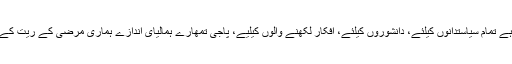
علی ترین کی شکست واضح پیغام ہے تمام سیاستدانوں کیلئے، دانشوروں کیلئے، افکار لکھنے والوں کیلیے، پاجی تمھارے ہمالیای اندازے ہماری مرضی کے ریت کے قلعوں کے آگے بہت چھوٹے ہیں۔